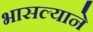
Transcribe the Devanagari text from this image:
भासल्याने